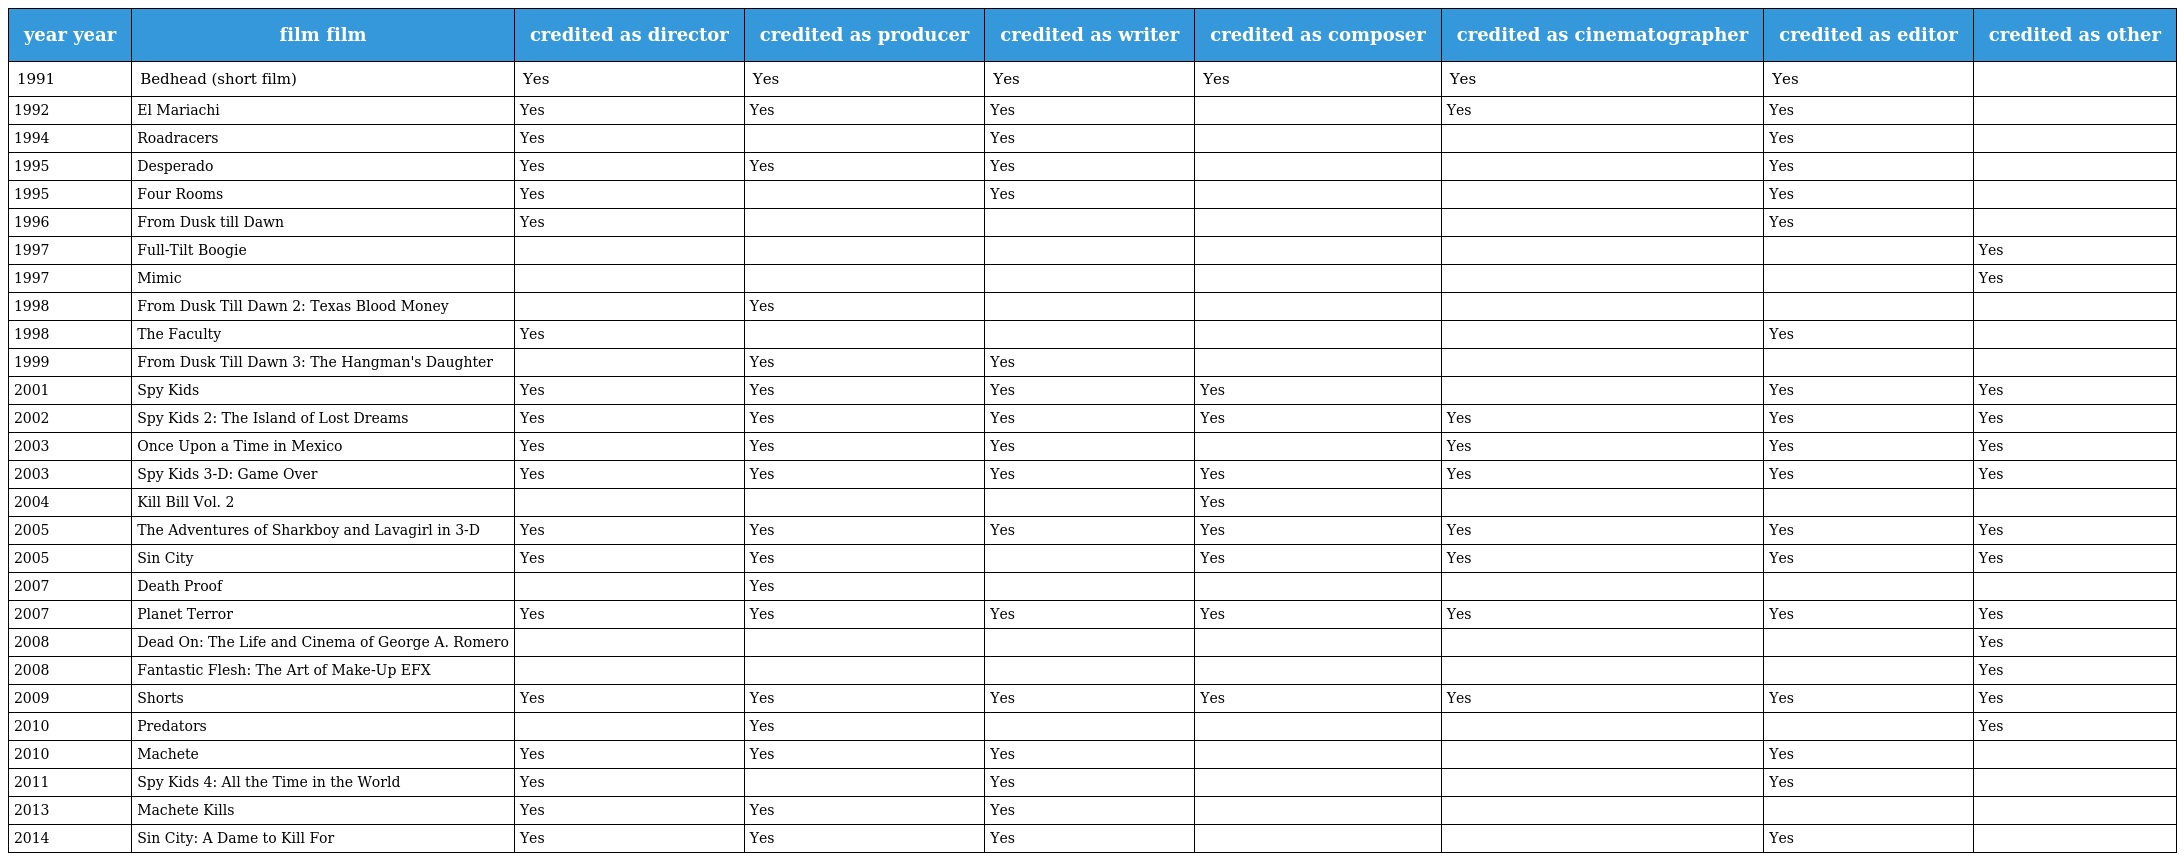
| year year | film film | credited as director | credited as producer | credited as writer | credited as composer | credited as cinematographer | credited as editor | credited as other |
 | --- | --- | --- | --- | --- | --- | --- | --- | --- |
 | 1991 | Bedhead (short film) | Yes | Yes | Yes | Yes | Yes | Yes |  |
 | 1992 | El Mariachi | Yes | Yes | Yes |  | Yes | Yes |  |
 | 1994 | Roadracers | Yes |  | Yes |  |  | Yes |  |
 | 1995 | Desperado | Yes | Yes | Yes |  |  | Yes |  |
 | 1995 | Four Rooms | Yes |  | Yes |  |  | Yes |  |
 | 1996 | From Dusk till Dawn | Yes |  |  |  |  | Yes |  |
 | 1997 | Full-Tilt Boogie |  |  |  |  |  |  | Yes |
 | 1997 | Mimic |  |  |  |  |  |  | Yes |
 | 1998 | From Dusk Till Dawn 2: Texas Blood Money |  | Yes |  |  |  |  |  |
 | 1998 | The Faculty | Yes |  |  |  |  | Yes |  |
 | 1999 | From Dusk Till Dawn 3: The Hangman's Daughter |  | Yes | Yes |  |  |  |  |
 | 2001 | Spy Kids | Yes | Yes | Yes | Yes |  | Yes | Yes |
 | 2002 | Spy Kids 2: The Island of Lost Dreams | Yes | Yes | Yes | Yes | Yes | Yes | Yes |
 | 2003 | Once Upon a Time in Mexico | Yes | Yes | Yes |  | Yes | Yes | Yes |
 | 2003 | Spy Kids 3-D: Game Over | Yes | Yes | Yes | Yes | Yes | Yes | Yes |
 | 2004 | Kill Bill Vol. 2 |  |  |  | Yes |  |  |  |
 | 2005 | The Adventures of Sharkboy and Lavagirl in 3-D | Yes | Yes | Yes | Yes | Yes | Yes | Yes |
 | 2005 | Sin City | Yes | Yes |  | Yes | Yes | Yes | Yes |
 | 2007 | Death Proof |  | Yes |  |  |  |  |  |
 | 2007 | Planet Terror | Yes | Yes | Yes | Yes | Yes | Yes | Yes |
 | 2008 | Dead On: The Life and Cinema of George A. Romero |  |  |  |  |  |  | Yes |
 | 2008 | Fantastic Flesh: The Art of Make-Up EFX |  |  |  |  |  |  | Yes |
 | 2009 | Shorts | Yes | Yes | Yes | Yes | Yes | Yes | Yes |
 | 2010 | Predators |  | Yes |  |  |  |  | Yes |
 | 2010 | Machete | Yes | Yes | Yes |  |  | Yes |  |
 | 2011 | Spy Kids 4: All the Time in the World | Yes |  | Yes |  |  | Yes |  |
 | 2013 | Machete Kills | Yes | Yes | Yes |  |  |  |  |
 | 2014 | Sin City: A Dame to Kill For | Yes | Yes | Yes |  |  | Yes |  |